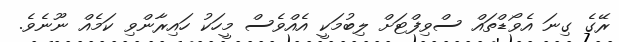
ރޭގެ ގިނަ އެވޯޑްތައް ސްވިފްޓަށް ލިބުމަކީ އެއްވެސް މީހަކު ހައިރާންވި ކަމެއް ނޫނެވެ.